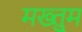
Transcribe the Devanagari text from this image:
मख्तुूम